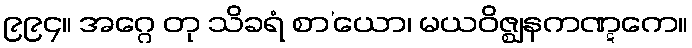
၉၉၄။ အဂ္ဂေ တု သိခရံ စာ’ယော၊ မယဝိဇ္ဈနကဏ္ဋကေ။